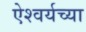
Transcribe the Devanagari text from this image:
ऐश्वर्यच्या